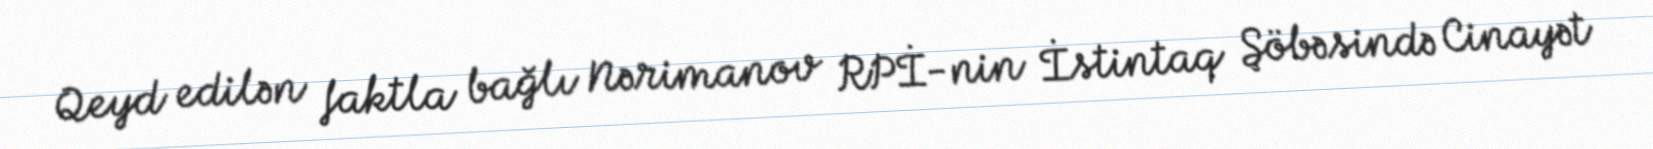
Qeyd edilən faktla bağlı Nərimanov RPİ-nin İstintaq Şöbəsində Cinayət